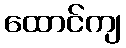
ထောင်ကျ